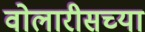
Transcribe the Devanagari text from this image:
वोलारीसच्या